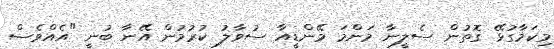
މިކަމާގުޅޭ ގޮތުން ސެލީނާ މަންމަ މޭންޑީއާ ސުވާލު ކުރުމުން އޭނާ ބުނީ "އެއްވެސް